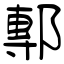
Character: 鄟